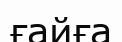
ғайға